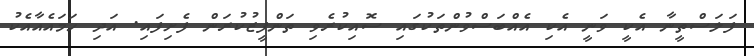
ފަލަސްތީނާ އެކީ ވަނީ އެކި އެއްބަސްވުންތަކުގައި ސޮއިކުރެވި ތަންފީޒުކުރަން ފެށިފައި. އަދި ހަމައެއާއެކު